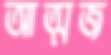
আত্মজ